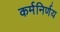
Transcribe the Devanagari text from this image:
कर्मनिर्णय